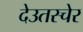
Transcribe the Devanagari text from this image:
देउतस्चेर